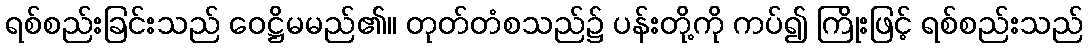
ရစ်စည်းခြင်းသည် ဝေဋ္ဌိမမည်၏။ တုတ်တံစသည်၌ ပန်းတို့ကို ကပ်၍ ကြိုးဖြင့် ရစ်စည်းသည်